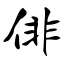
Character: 俳